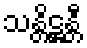
သန္တိဋ္ဌန္တီ